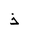
Letter: _thal